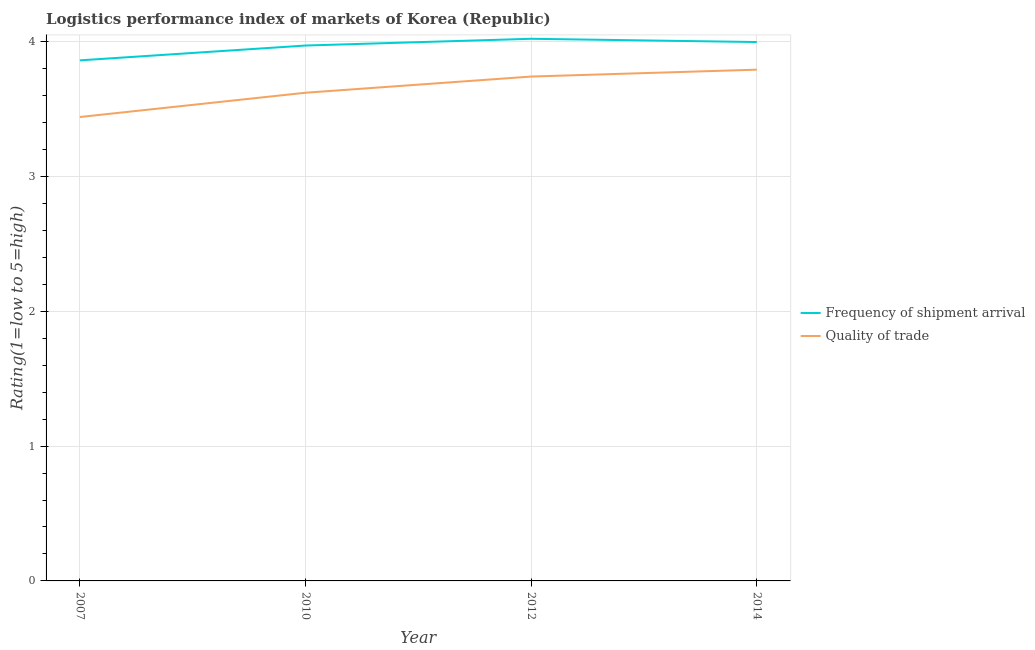
| Year | Frequency of shipment arrival | Quality of trade |
 | --- | --- | --- |
 | 2007 | 3.86 | 3.44 |
 | 2010 | 3.97 | 3.62 |
 | 2012 | 4.02 | 3.74 |
 | 2014 | 4 | 3.79 |